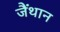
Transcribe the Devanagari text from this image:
जैंथान